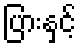
ပြားနှင့်